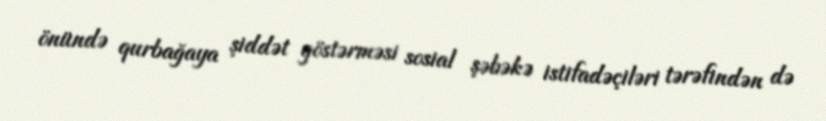
önündə qurbağaya şiddət göstərməsi sosial şəbəkə istifadəçiləri tərəfindən də